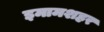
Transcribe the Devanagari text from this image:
इमामशहर